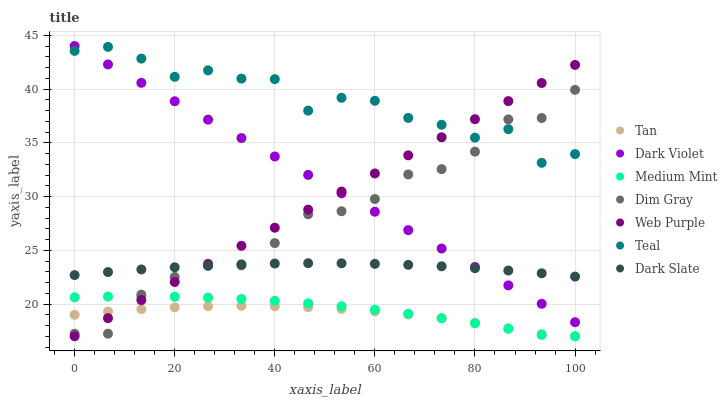
| xaxis_label | Tan | Dark Violet | Medium Mint | Dim Gray | Web Purple | Teal | Dark Slate |
 | --- | --- | --- | --- | --- | --- | --- | --- |
 | 0 | 19 | 44 | 20.6 | 17.2 | 17 | 43.5 | 22.7 |
 | 6.67 | 19.3 | 42.3 | 20.7 | 17.2 | 18.7 | 43.9 | 23 |
 | 13.3 | 19.5 | 40.6 | 20.7 | 20.9 | 20.4 | 42.8 | 23.2 |
 | 20 | 19.7 | 38.9 | 20.7 | 22.5 | 22 | 41.1 | 23.4 |
 | 26.7 | 19.8 | 37.1 | 20.6 | 23.6 | 23.7 | 41.7 | 23.6 |
 | 33.3 | 19.8 | 35.4 | 20.5 | 23.6 | 25.4 | 41 | 23.7 |
 | 40 | 19.8 | 33.7 | 20.3 | 25.7 | 27.1 | 40.9 | 23.8 |
 | 46.7 | 19.7 | 32 | 20.1 | 28.3 | 28.8 | 38 | 23.8 |
 | 53.3 | 19.5 | 30.3 | 19.8 | 28.6 | 30.5 | 39.2 | 23.8 |
 | 60 | 19.3 | 28.6 | 19.5 | 29.8 | 32.1 | 38.9 | 23.7 |
 | 66.7 | 19 | 26.9 | 19.1 | 32.1 | 33.8 | 37.3 | 23.6 |
 | 73.3 | 18.7 | 25.2 | 18.7 | 32.5 | 35.5 | 36.7 | 23.5 |
 | 80 | 18.2 | 23.4 | 18.2 | 34.2 | 37.2 | 35.5 | 23.3 |
 | 86.7 | 17.8 | 21.7 | 17.7 | 37.2 | 38.9 | 36.3 | 23.1 |
 | 93.3 | 17.2 | 20 | 17.1 | 37.3 | 40.6 | 33.1 | 22.9 |
 | 100 | 17 | 18.3 | 17 | 39.9 | 42.2 | 33.9 | 22.6 |